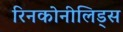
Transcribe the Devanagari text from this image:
रिनकोनीलिड्स